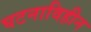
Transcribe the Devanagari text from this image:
घटनाविहीन